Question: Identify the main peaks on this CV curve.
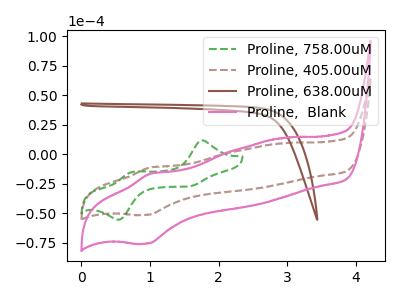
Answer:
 <answer>The green dashed curve "Proline, 758.00uM" has anodic peaks at (1.75V, 11.75uA) (0.75V, -15.00uA) and cathodic peaks at (1.55V, -27.25uA) (0.55V, -55.40uA). The brown dashed curve "Proline, 405.00uM" has an anodic peak at (1.00V, -11.25uA) and a cathodic peak at (0.95V, -51.30uA). The brown curve "Proline, 638.00uM" has no peaks. The pink curve "Proline,  Blank" has an anodic peak at (1.00V, -16.60uA) and a cathodic peak at (0.95V, -75.55uA).</answer>
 <eval></eval>